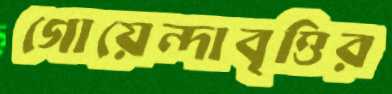
গোয়েন্দাবৃত্তির